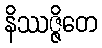
နိဿဇ္ဇိတေ